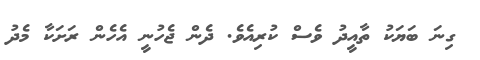
ގިނަ ބަޔަކު ތާއީދު ވެސް ކުރިއެވެ. ދެން ޖެހުނީ އެހެން ރަށަކާ މެދު